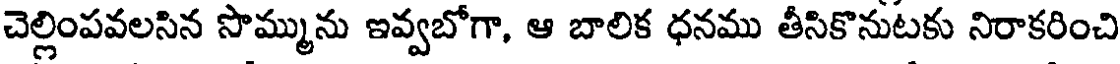
చెల్లింపవలసిన సొమ్మును ఇవ్వబోగా, ఆ బాలిక ధనము తీసికొనుటకు నిరాకరించి